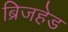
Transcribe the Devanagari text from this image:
ब्रिजहेड